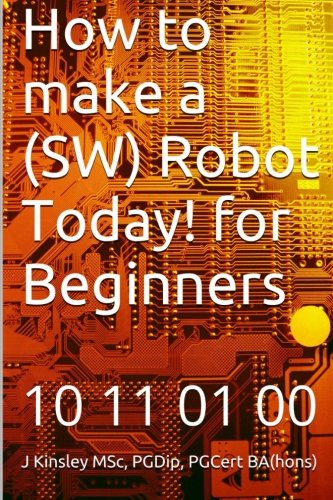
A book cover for How to make a Robot Today! for Beginners; J Kinsley; Children's Books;